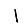
Digit: 1